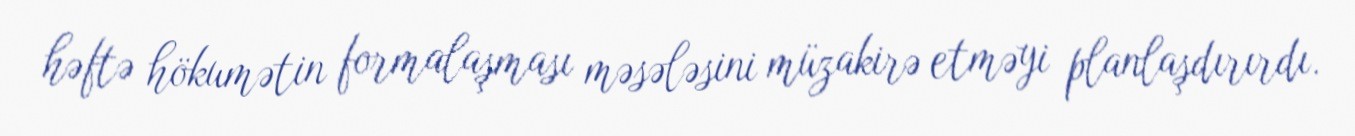
həftə hökumətin formalaşması məsələsini müzakirə etməyi planlaşdırırdı.